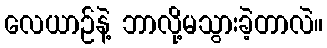
လေယာဉ်နဲ့ ဘာလို့မသွားခဲ့တာလဲ။